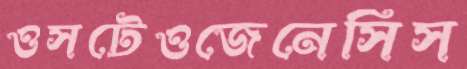
ওসটেওজেনেসিস